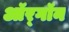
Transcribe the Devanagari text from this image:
ऑर्‌गॉन